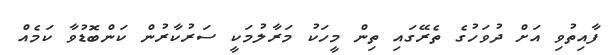
ފާއިތުވި އަށް ދުވަހުގެ ތެރޭގައި ތިން މީހަކު މަރާލުމަކީ ސަރުކާރުން ކަންބޮޑުވާ ކަމެއް